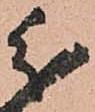
分